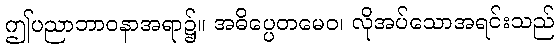
ဤပညာဘာဝနာအရာ၌။ အဓိပ္ပေတမေဝ၊ လိုအပ်သောအရင်းသည်